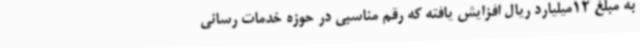
به مبلغ 12میلیارد ریال افزایش یافته که رقم مناسبی در حوزه خدمات رسانی